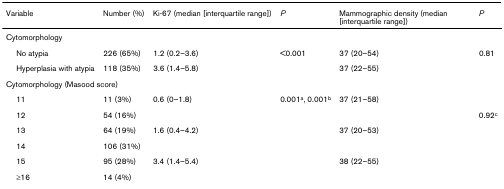
<table><thead><tr><td><b>Variable</b></td><td><b>Number (%)</b></td><td><b>Ki-67 (median [interquartile range])</b></td><td><b><i>P</i></b></td><td><b>Mammographic density (median [interquartile range])</b></td><td><b><i>P</i></b></td></tr></thead><tbody><tr><td colspan="6">Cytomorphology</td></tr><tr><td> No atypia</td><td>226 (65%)</td><td>1.2 (0.2–3.6)</td><td>&lt;0.001</td><td>37 (20–54)</td><td>0.81</td></tr><tr><td> Hyperplasia with atypia</td><td>118 (35%)</td><td>3.6 (1.4–5.8)</td><td></td><td>37 (22–55)</td><td></td></tr><tr><td colspan="6">Cytomorphology (Masood score)</td></tr><tr><td> 11</td><td>11 (3%)</td><td>0.6 (0–1.8)</td><td>0.001<sup>a</sup>, 0.001<sup>b</sup></td><td>37 (21–58)</td><td></td></tr><tr><td> 12</td><td>54 (16%)</td><td></td><td></td><td></td><td>0.92<sup>c</sup></td></tr><tr><td> 13</td><td>64 (19%)</td><td>1.6 (0.4–4.2)</td><td></td><td>37 (20–53)</td><td></td></tr><tr><td> 14</td><td>106 (31%)</td><td></td><td></td><td></td><td></td></tr><tr><td> 15</td><td>95 (28%)</td><td>3.4 (1.4–5.4)</td><td></td><td>38 (22–55)</td><td></td></tr><tr><td> ≥16</td><td>14 (4%)</td><td></td><td></td><td></td><td></td></tr></tbody></table>